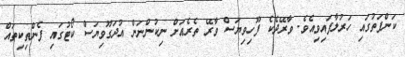
ކަންފަތުގައި ހަރުލާފައިވިއެވެ. ވާރޭދެކެ ފޫހިވިޔަސް ވާރޭ ތެރެއަށް ނިކުންނަން އުދަގޫވިޔަސް ކޯޓުގައި ފެންތިކިތައް